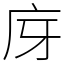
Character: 庌